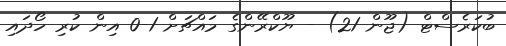
ބުކަރެސްޓް (ޖޫން 21) - ޔޫކްރޭންގެ މައްޗަށް 1-0 އިން ކުރި ހޯދައި